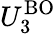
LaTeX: U_{3}^{\mathrm{BO}}